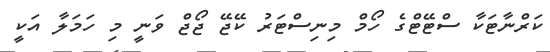
ކަރްނާޓަކާ ސްޓޭޓްގެ ހޯމް މިނިސްޓަރު ކޭޖޭ ޖޯޖް ވަނީ މި ހަމަލާ އަކީ